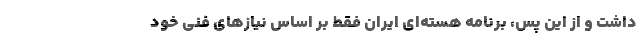
داشت و از این پس، برنامه هسته‌ای ایران فقط بر اساس نیازهای فنی خود